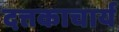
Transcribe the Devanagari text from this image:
दत्तकाचार्य